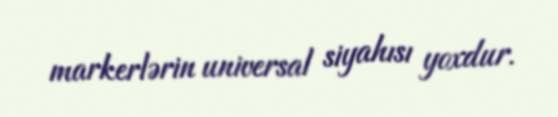
markerlərin universal siyahısı yoxdur.